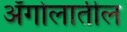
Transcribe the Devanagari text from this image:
अँगोलातील